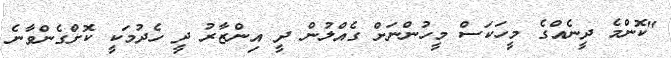
"ކޮންމެ ދީނެއްގެ މީހަކަސް މީހުންނަށް ގެއްލުން ދީ އިންޒާރު ދީ ހެދުމަކީ ކޮށްގެންވާނެ